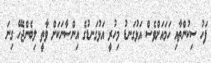
ފަހު ސިކުންތާއި ހަމައަށްވެސް އަޅުގަނޑު މިހުރީ އަޅުގަނޑުގެ އިންސާނަކަށް ވާތީ ލިބެންޖެހޭ ގިނަ